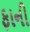
ફાની